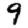
Digit: 9